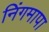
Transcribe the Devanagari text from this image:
निंगमापा